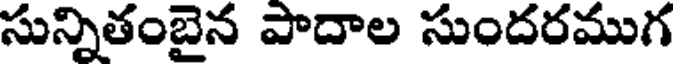
సున్నితంబైన పాదాల సుందరముగ